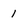
Character: 1